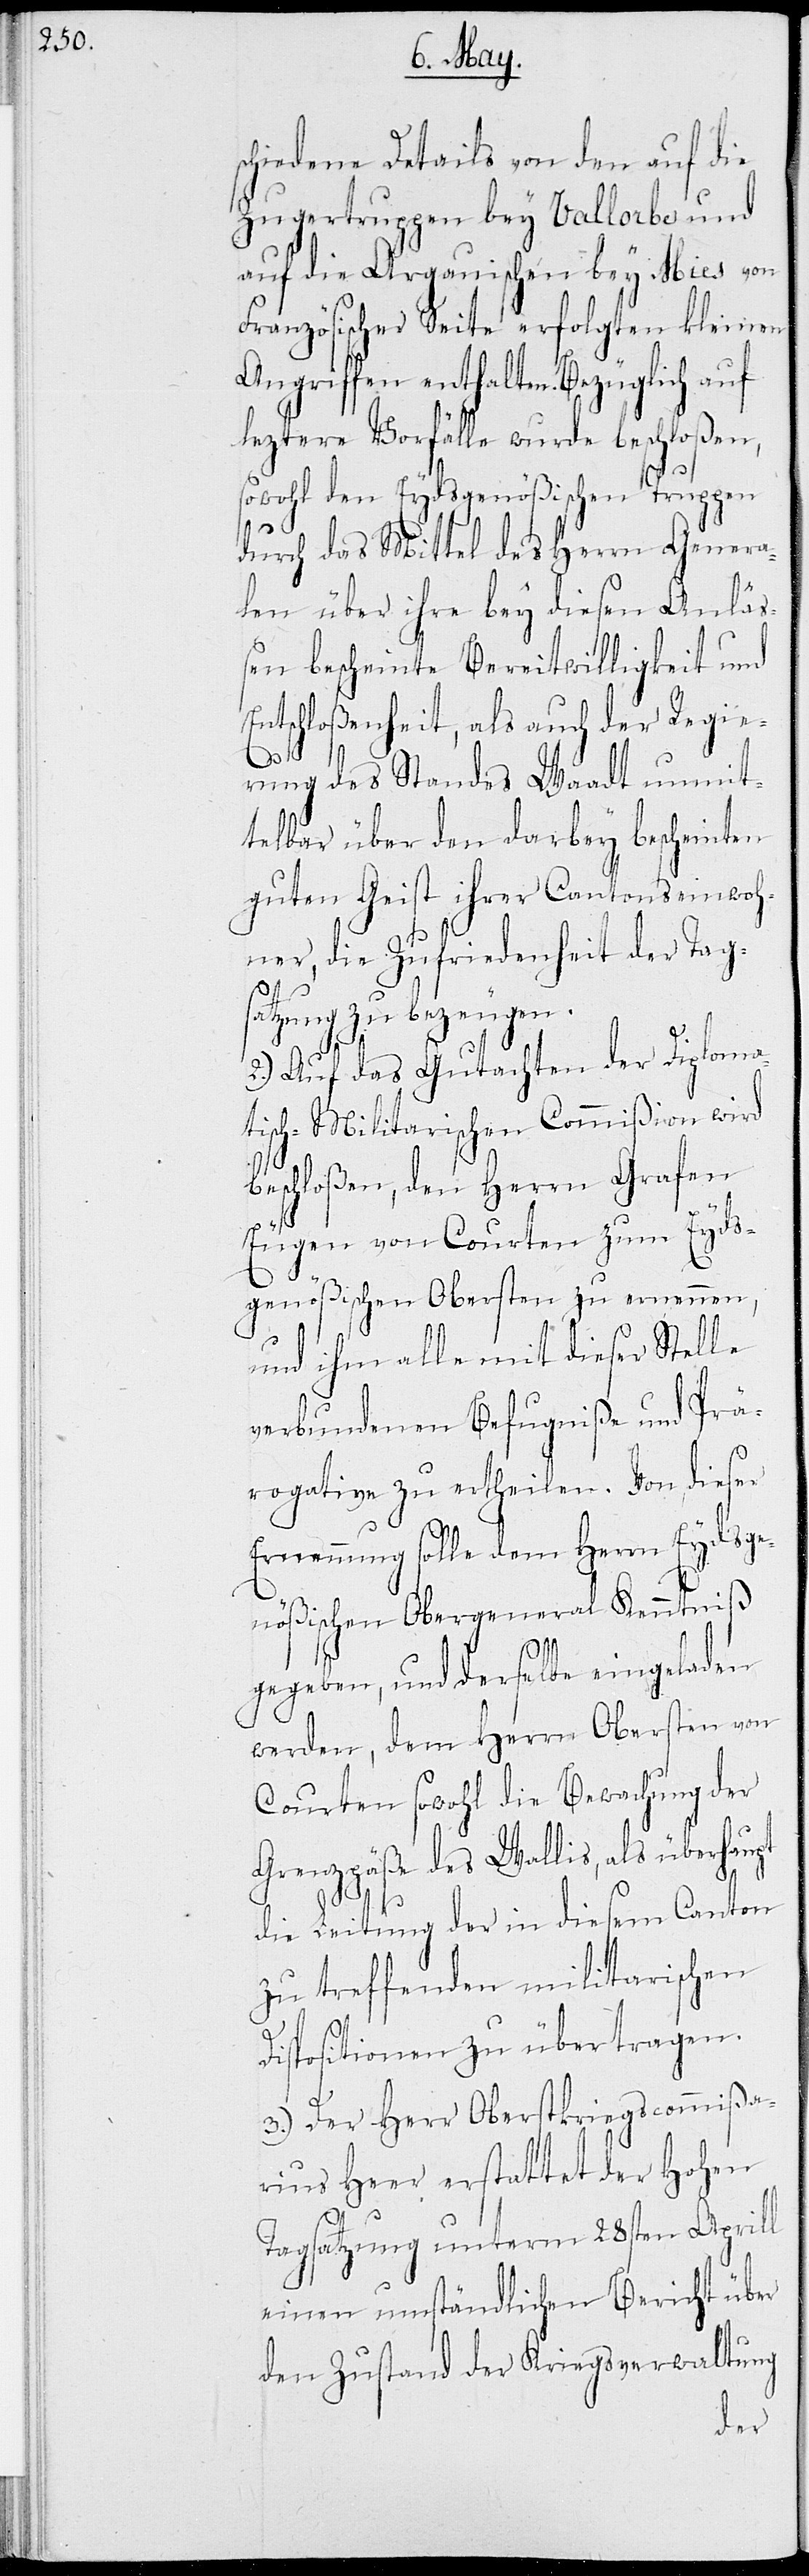
schiedene Details von den auf die
Zugertruppen bey Vallorbe und
auf die Argauischen bey Mies von
Französischer Seite erfolgten kleinen
Angriffen enthalten. Bezüglich auf
leztere Vorfälle wurde beschloßen,
sowohl den Eydsgenößischen Truppen
durch das Mittel des Herrn Genera¬
len über ihre bey diesen Anlä¬
ßen bescheinte Bereitwilligkeit und
Entschloßenheit, als auch der Regie¬
rung des Standes Waadt unmit¬
telbar über den darbey bescheinten
guten Geist ihrer Cantonseinwoh¬
ner, die Zufriedenheit der Tag¬
satzung zu bezeugen.
2.) Auf das Gutachten der Diploma¬
tisch-Militarischen Commißion wird
beschloßen, den Herrn Grafen
Eugen von Courten zum Eyds¬
genößischen Obersten zu ernennen,
und ihm alle mit dieser Stelle
verbundenen Befugniße und Prä¬
rogative zu ertheilen. Von dieser
Ernennung solle dem Herrn Eydsge¬
nößischen Obergeneral Kentniß
gegeben, und derselbe eingeladen
werden, dem Herrn Obersten von
Courten sowohl die Bewachung der
Grenzpäße des Wallis, als überhau¬
die Leitung der in diesem Canton
zu treffenden militarischen
pt
Dispositionen zu übertragen.
3.) Der Herr Oberstkriegscommißa¬
rius Heer erstattet der Hohen
Tagsatzung unterm 28sten Aprill
einen umständlichen Bericht über
den Zustand der Kriegsverwaltung